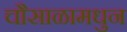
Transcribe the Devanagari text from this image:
चौसाळामधुन